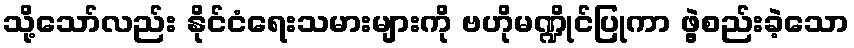
သို့သော်လည်း နိုင်ငံရေးသမားများကို ဗဟိုမဏ္ဍိုင်ပြုကာ ဖွဲ့စည်းခဲ့သော